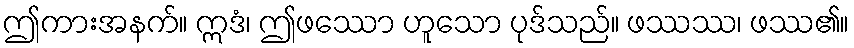
ဤကားအနက်။ ဣဒံ၊ ဤဖဿော ဟူသော ပုဒ်သည်။ ဖဿဿ၊ ဖဿ၏။